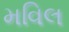
મવિલ